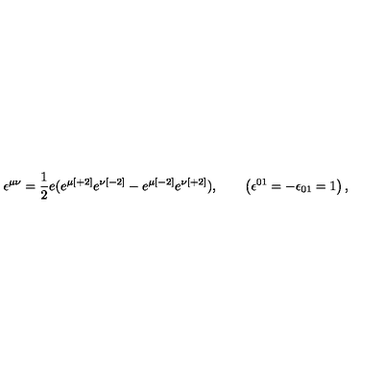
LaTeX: \epsilon ^ { \mu \nu } = { \frac { 1 } { 2 } } e ( e ^ { \mu { [ + 2 ] } } e ^ { \nu { [ - 2 ] } } - e ^ { \mu { [ - 2 ] } } e ^ { \nu { [ + 2 ] } } ) , \qquad \left( \epsilon ^ { { 0 1 } } = - \epsilon _ { { 0 1 } } = 1 \right) ,